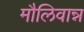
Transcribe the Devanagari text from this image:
मौलिवान्न